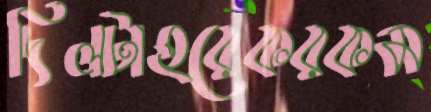
দিলটাহরেকরকম